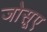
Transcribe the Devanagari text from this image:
जोसूए